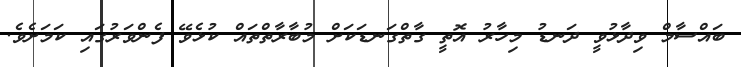
ބައްސާމް ވިދާޅުވީ ދަނޑު މިހާރު އޮތީ ގާތްގަނޑަކަށް މުބާރާތްތައް ކުޅެވޭ ފެންވަރުގައި ކަމަށެވެ.